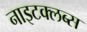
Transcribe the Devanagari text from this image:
नाइटक्लब्स